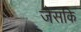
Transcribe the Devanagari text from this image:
जैसकि